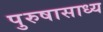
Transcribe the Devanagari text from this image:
पुरुषासाध्य